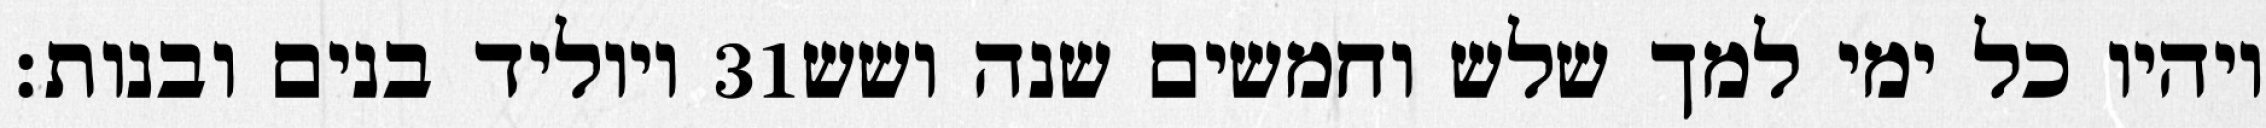
ויוליד בנים ובנות׃ ‎31‏ ויהיו כל ימי למך שלש וחמשים שנה ושש